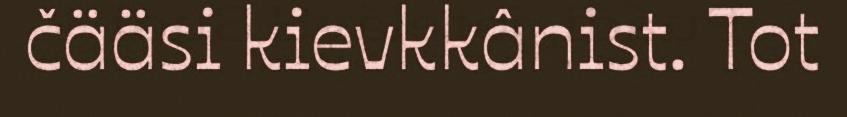
čääsi kievkkânist. Tot